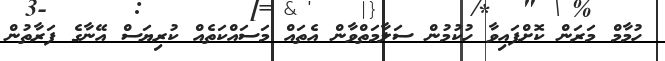
ހުމާމް މަރަން ކޮށްފައިވާ ހުކުމުން ސަލާމަތްވާން އެތައް މަސައްކަތެއް ކުރިޔަސް އޭނާގެ ފަރާތުން